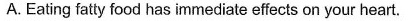
A. Eating fatty food has immediate effects on your heart.